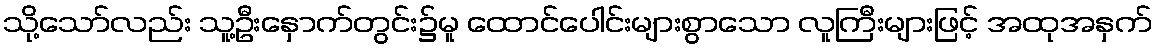
သို့သော်လည်း သူ့ဦးနှောက်တွင်း၌မူ ထောင်ပေါင်းများစွာသော လူကြီးများဖြင့် အထုအနှက်